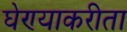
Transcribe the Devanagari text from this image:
घेण्याकरीता